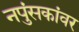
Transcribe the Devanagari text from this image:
नपुंसकांवर